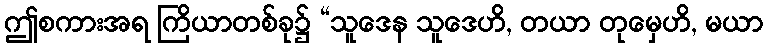
ဤစကားအရ ကြိယာတစ်ခု၌ “သူဒေန သူဒေဟိ, တယာ တုမှေဟိ, မယာ